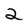
Character: 2